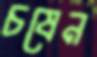
চষেন